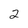
Character: 2